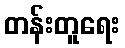
တန်းတူရေး